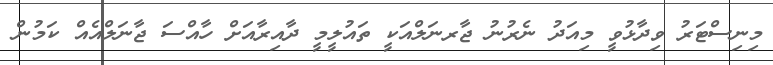
މިނިސްޓަރު ވިދާޅުވީ މިއަދު ނެރުނު ޖާރނަލްއަކީ ތައުލީމީ ދާއިރާއަށް ހާއްސަ ޖާނަލްއެއް ކަމުން